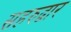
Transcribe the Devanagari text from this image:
सहरुद्वार